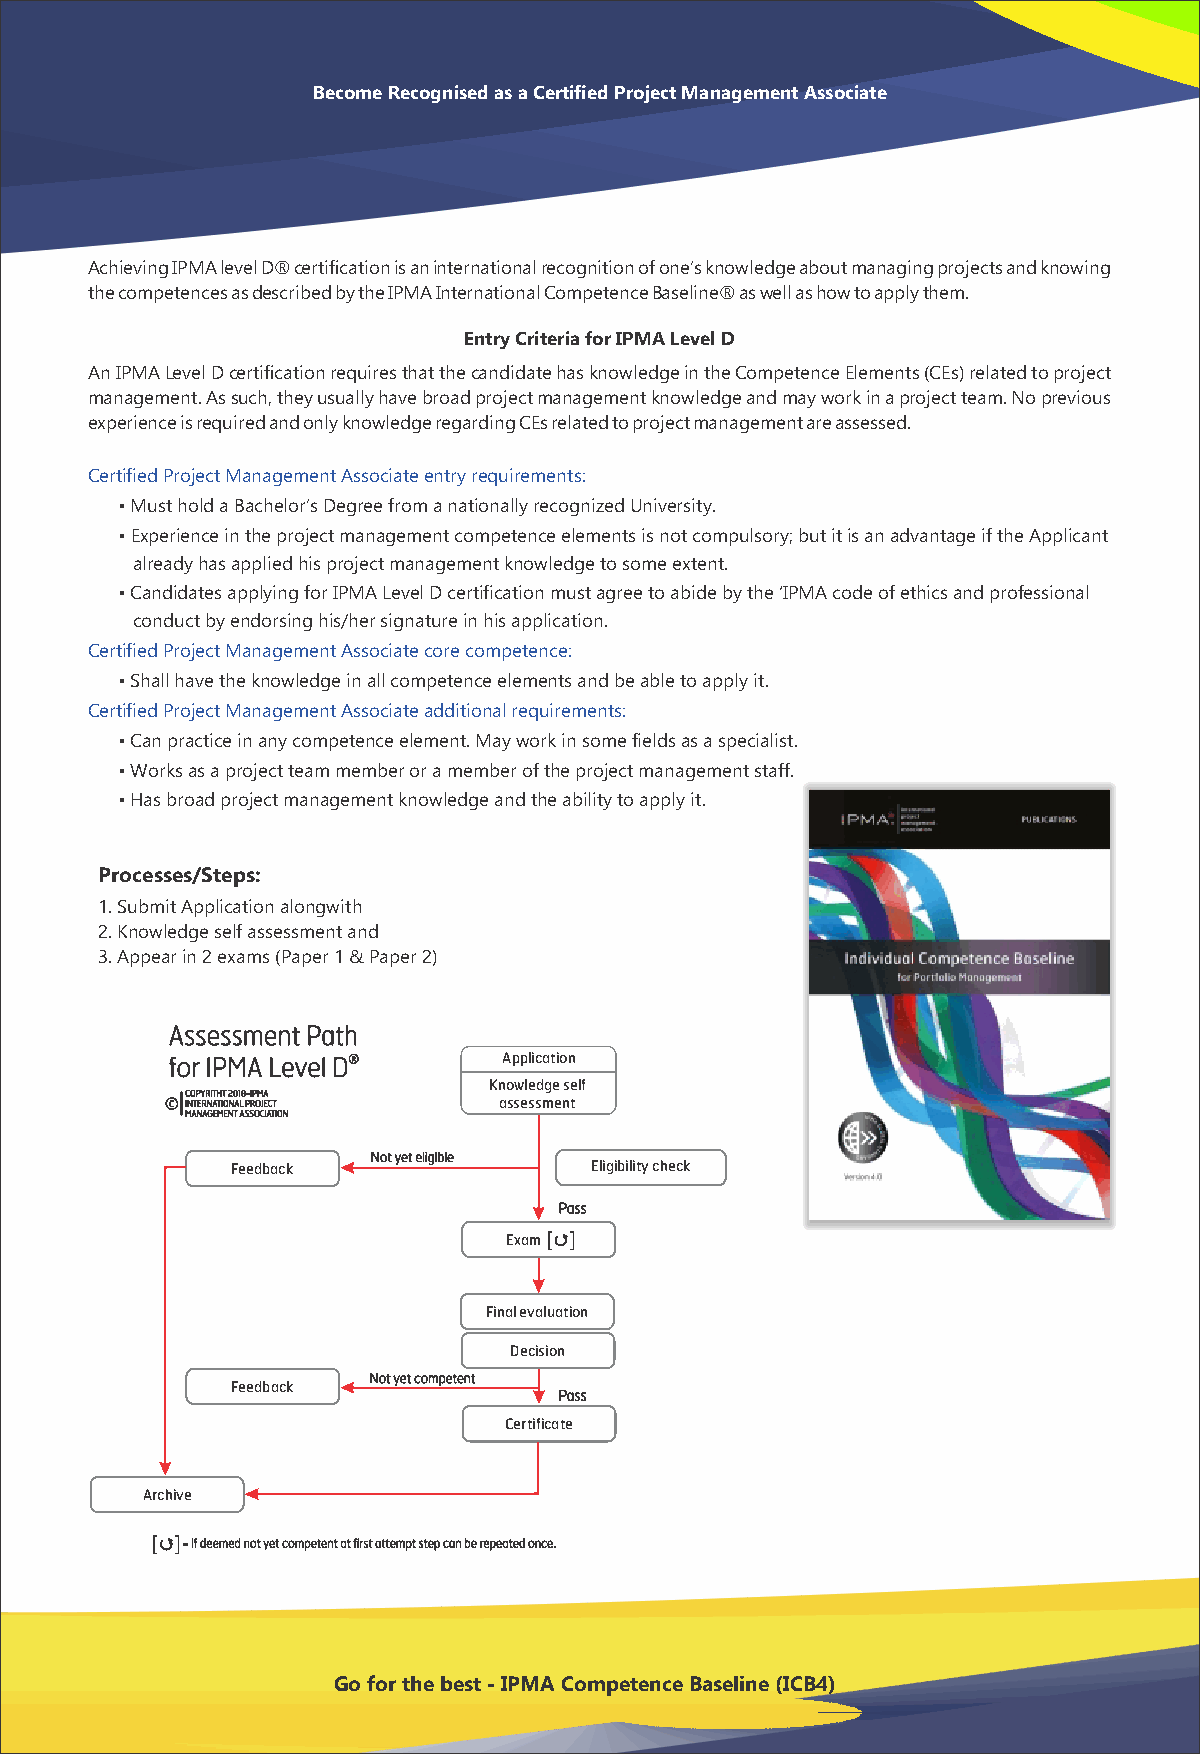
Become Recognised as a Certified Project Management Associate
 Achieving IPMA level D® certification is an international recognition of one’s knowledge about managing projects and knowing
 the competences as described by the IPMA International Competence Baseline® as well as how to apply them.
 Entry Criteria for IPMA Level D
 An IPMA Level D certification requires that the candidate has knowledge in the Competence Elements (CEs) related to project
 management. As such, they usually have broad project management knowledge and may work in a project team. No previous
 experience is required and only knowledge regarding CEs related to project management are assessed.
 Certified Project Management Associate entry requirements:
 • Must hold a Bachelor’s Degree from a nationally recognized University.
 • Experience in the project management competence elements is not compulsory; but it is an advantage if the Applicant
 already has applied his project management knowledge to some extent.
 • Candidates applying for IPMA Level D certification must agree to abide by the ‘IPMA code of ethics and professional
 conduct by endorsing his/her signature in his application.
 Certified Project Management Associate core competence:
 • Shall have the knowledge in all competence elements and be able to apply it.
 Certified Project Management Associate additional requirements:
 • Can practice in any competence element. May work in some fields as a specialist.
 • Works as a project team member or a member of the project management staff.
 • Has broad project management knowledge and the ability to apply it.
 Processes/Steps:
 1. Submit Application alongwith
 2. Knowledge self assessment and
 3. Appear in 2 exams (Paper 1 & Paper 2)
 Assessment Path
 for IPMA Level D®     Application
 Knowledge self
 COPYRITHT 2018-IPMA
 © INTERNATIONAL PROJECT assessment
 MANAGEMENT ASSOCIATION
 Not yet eligible
 Feedback                Eligibility check
 Pass
 Exam[ ]
 Final evaluation
 Decision
 Not yet competent
 Feedback
 Pass
 Certificate
 Archive
 [ ]= If deemed not yet competent at first attempt step can be repeated once.
 Go for the best - IPMA Competence Baseline (ICB4)